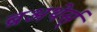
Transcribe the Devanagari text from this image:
ब्रअथेर्स्